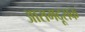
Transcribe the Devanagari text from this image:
आरामदूसक